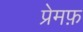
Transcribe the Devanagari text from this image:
प्रेमफ़